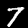
Digit: 7